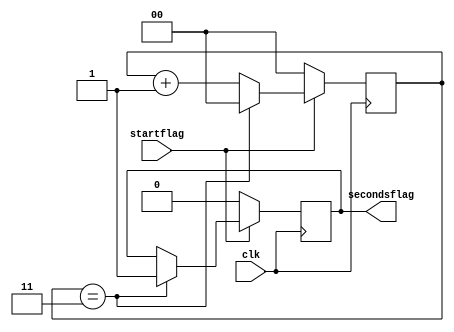
module SecondsDetector (
	input wire clk,
	input wire startflag,
    output reg secondsflag
);

reg [1:0] cnt;


always @(posedge clk) 
begin
	if(startflag)
	begin
		if(cnt == 2'd3)
		begin
			cnt <= 2'b00;
			secondsflag <=  1'b1;
		end		
		else cnt <= cnt + 1;
	end
	else begin
		cnt <= 2'b00;
		secondsflag <=  1'b0;
	end
end		




endmodule